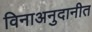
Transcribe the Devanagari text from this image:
विनाअनुदानीत